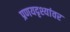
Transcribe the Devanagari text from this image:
प्रणयदृश्यांवर